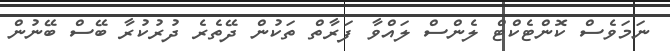
ނަމަވެސް ކޮންޓެކްޓް ލެންސް ލައްވާ ފަރާތް ތަކުން ދޭތެރެ ދުރުކުރާ ބޭސް ބޭނުން